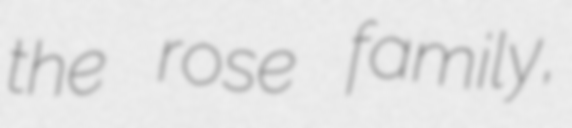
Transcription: the rose family,